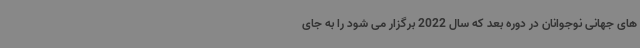
های جهانی نوجوانان در دوره بعد که سال 2022 برگزار می شود را به جای